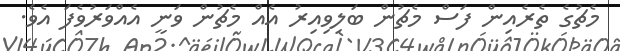
މެޗުގެ ތެރެއިން ފަސް މެޗުން ބަލިވިއިރު އެއް މެޗުން ވަނީ އެއްވަރުވެފަ އެވެ.